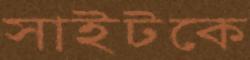
সাইটকে